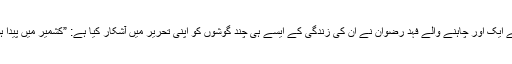
ان کے ایک اور چاہنے والے فہد رضوان نے ان کی زندگی کے ایسے ہی چند گوشوں کو اپنی تحریر میں آشکار کیا ہے: ”کشمیر میں پیدا ہوئے۔